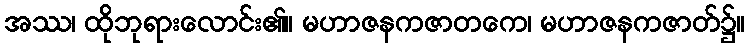
အဿ၊ ထိုဘုရားလောင်း၏။ မဟာဇနကဇာတကေ၊ မဟာဇနကဇာတ်၌။